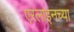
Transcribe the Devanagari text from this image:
एरलाइनच्या